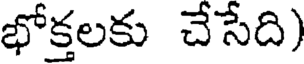
భోక్తలకు చేసేది)